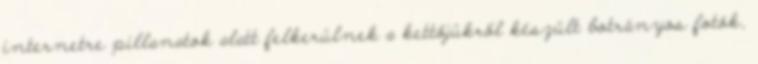
internetre pillanatok alatt felkerülnek a kettőjükről készült botrányos fotók,